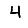
Digit: 4